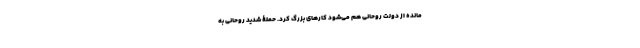
مانده از دولت روحانی هم می‌شود کارهای بزرگ کرد. حملۀ شدید روحانی به